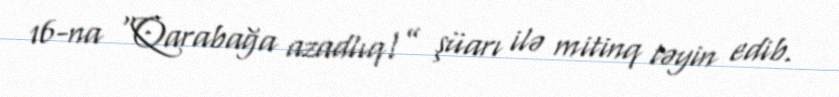
16-na “Qarabağa azadlıq!” şüarı ilə mitinq təyin edib.